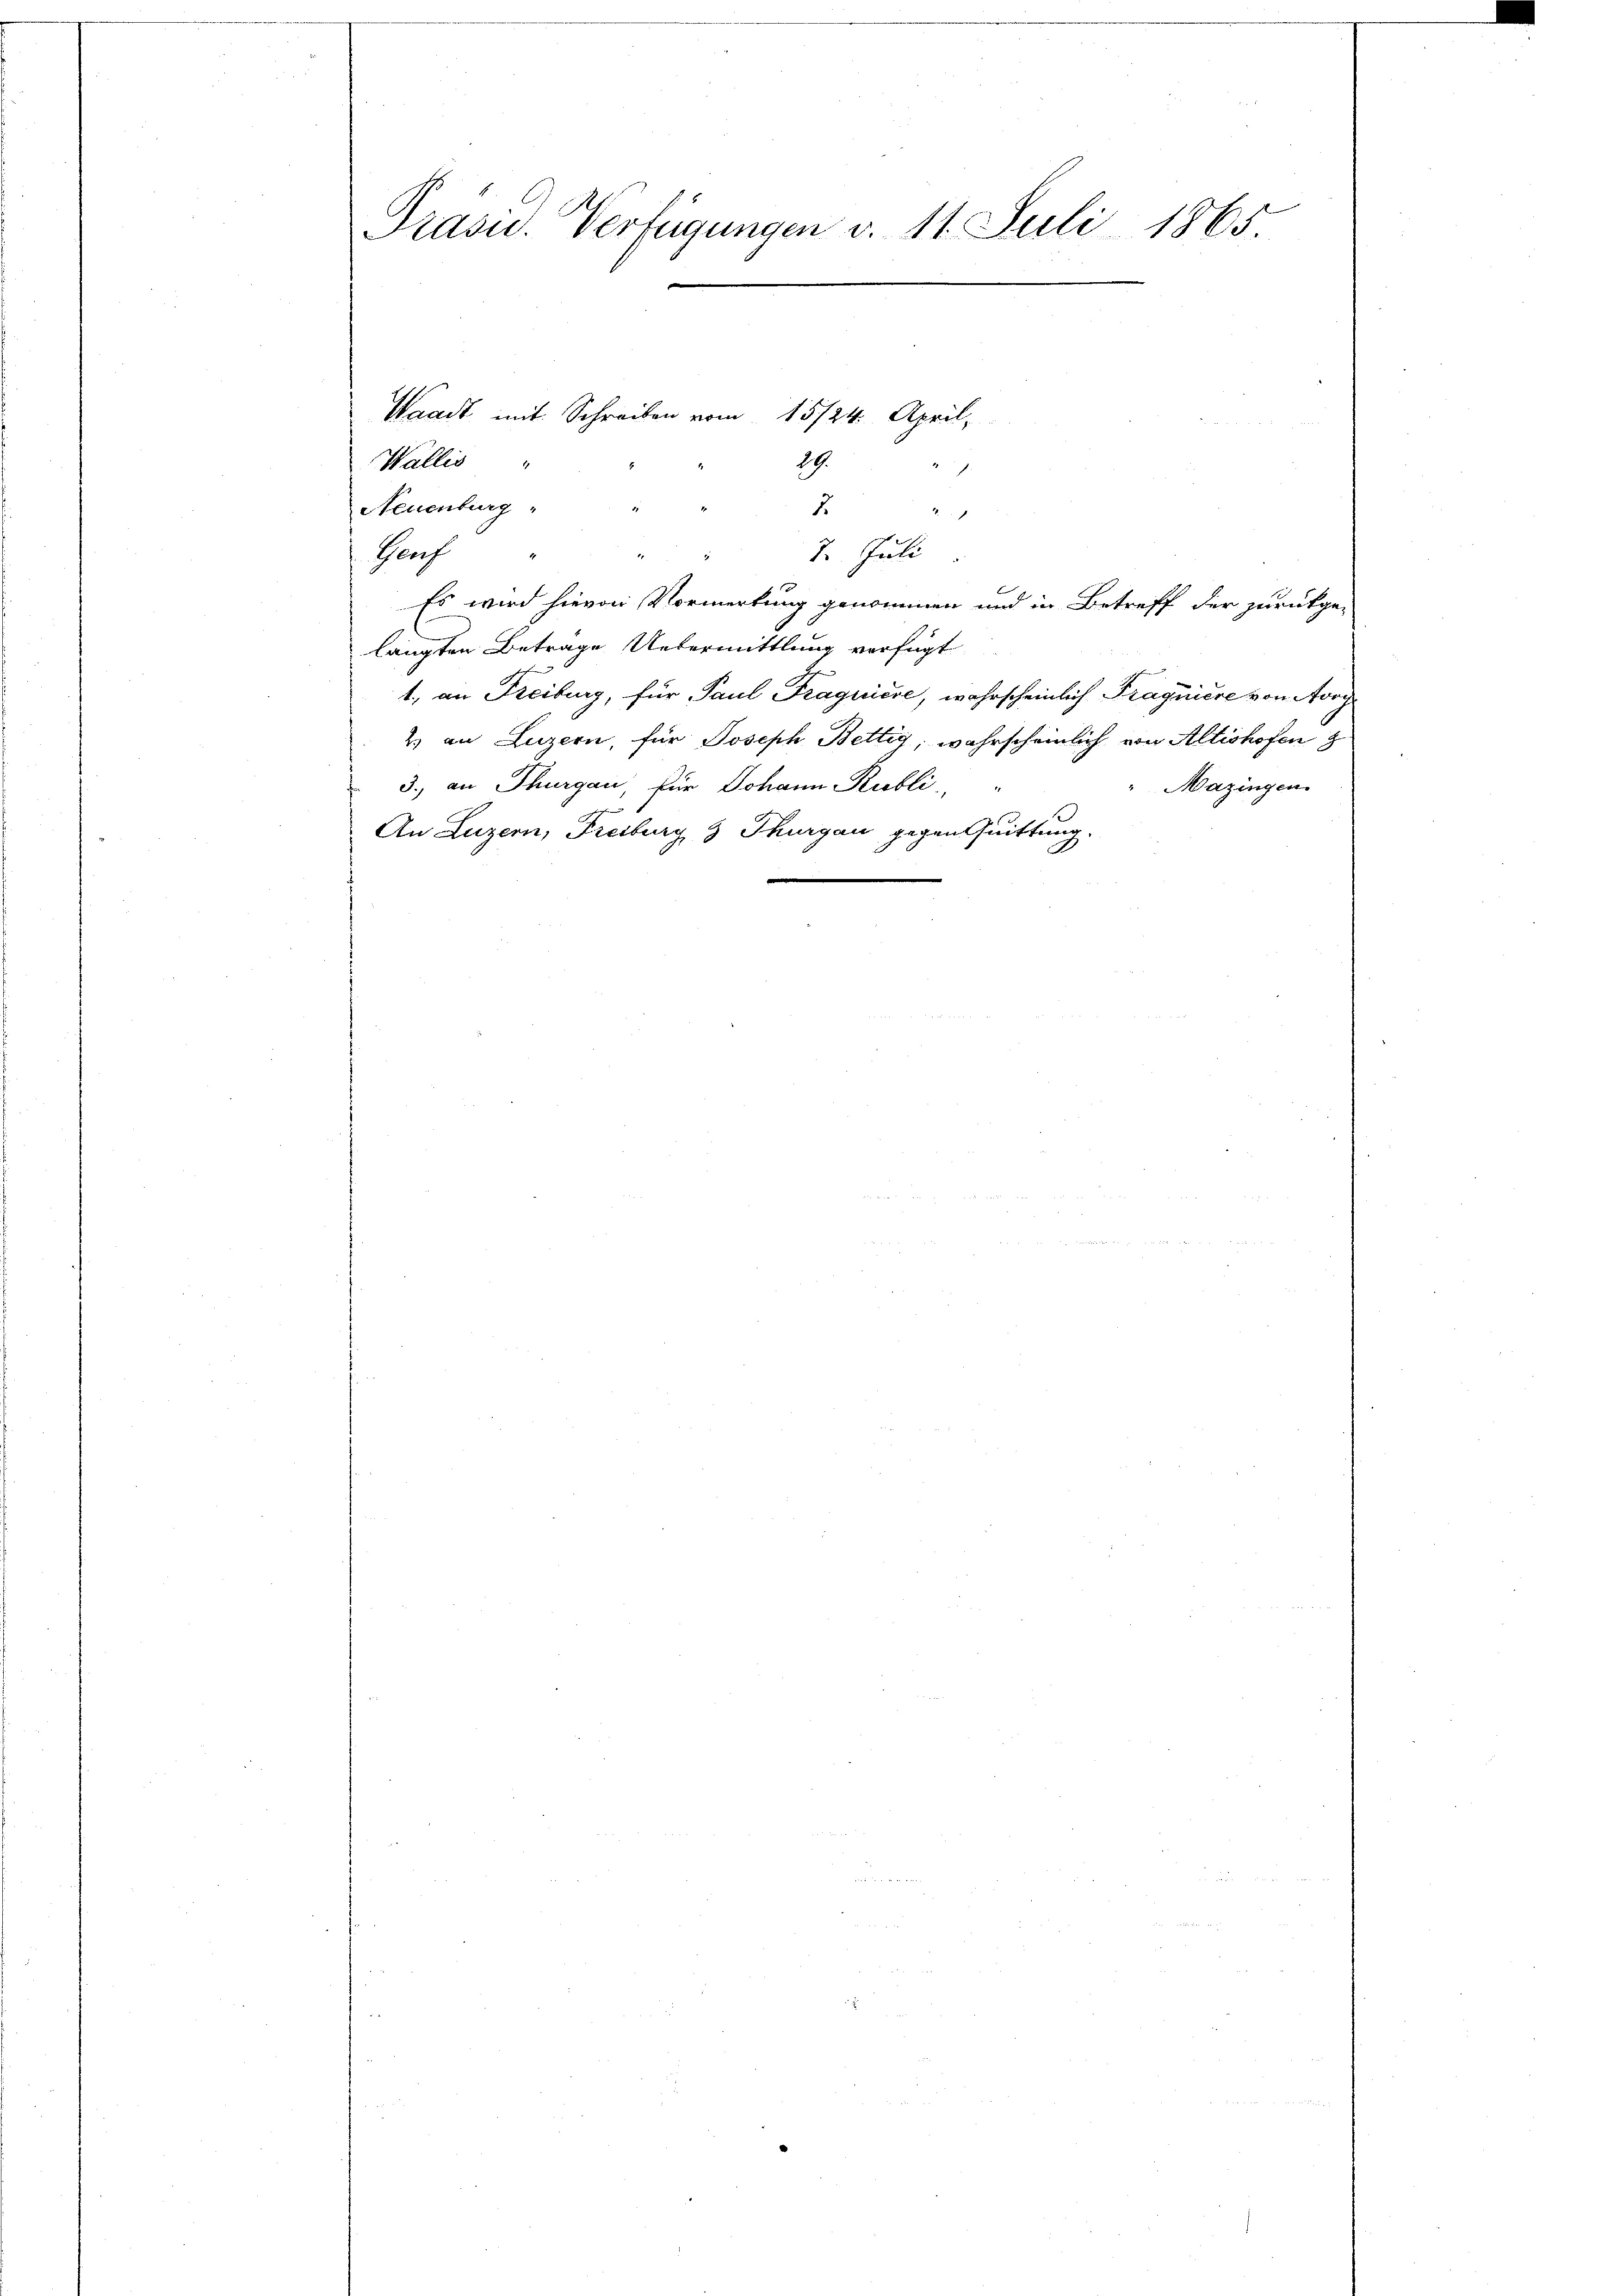
Präsid. Verfügungen v. 11. Juli 1865

29.
Wallis
.
Neuenburg
1

Groch
7. Juli
Es wird hievon Vormerkung genommen und in Betreff der zurückge-
langten Betrage Uebermittlung verfügt
1., an Freiburg, für Paul Fraquiere, wahrscheinlich Fragniere von Avoy
2 an Luzern, für Joseph Bettig, wahrscheinlich von Altishofen
3. an Thurgau, für Johann Publi
"Mazingen.
An Luzern, Freiburg & Thurgau gegen Quittung.

Waadt mit Schreiben vom 15/24. April,